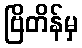
ဗြိတိန်မှ